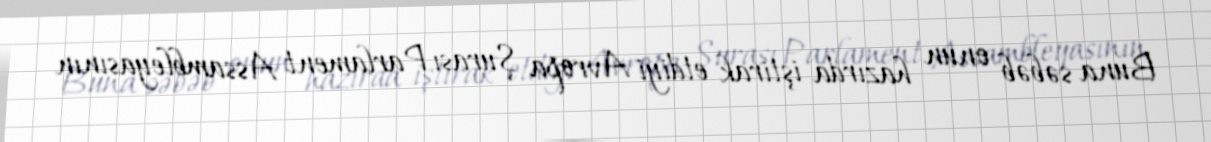
Buna səbəb onun hazırda iştirak etdiyi Avropa Şurası Parlament Assambleyasının